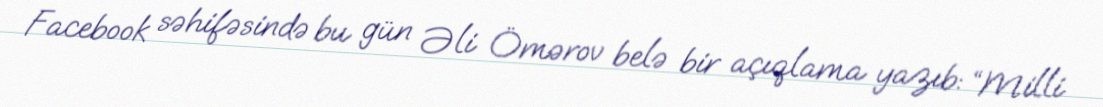
Facebook səhifəsində bu gün Əli Ömərov belə bir açıqlama yazıb: “Milli